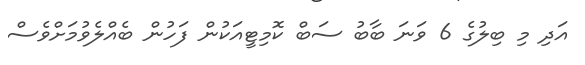
އަދި މި ބިލުގެ 6 ވަނަ ބާބު ސަބް ކޮމިޓީއަކުން ފަހުން ބެއްލެވުމަށްވެސް